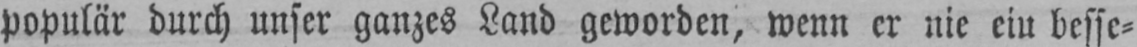
populär durch unser ganzes Land geworden, wenn er nie ein besse⸗